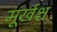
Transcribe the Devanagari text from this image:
मूर्खश्च